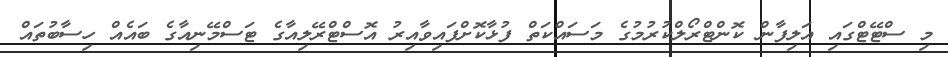
މި ސްޓޭޓްގައި އަލިފާން ކޮންޓްރޯލްކުރުމުގެ މަސައްކަތް ފުޅާކޮށްފައިވާއިރު އޮސްޓްރޭލިއާގެ ޓަސްމޭނިއާގެ ބައެއް ހިސާބުތައް